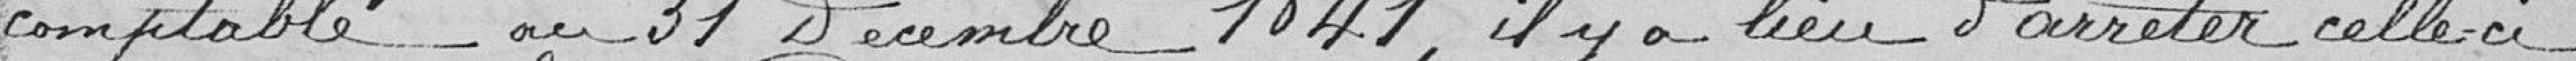
comptable au 31 décembre 1841 il y a lieu d'arrêter celle ci